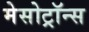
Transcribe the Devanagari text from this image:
मेसोट्रॉन्स